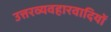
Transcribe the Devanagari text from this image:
उत्तरव्यवहारवादियों